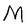
Character: M